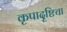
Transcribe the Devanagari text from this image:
कृपादृष्टिचा